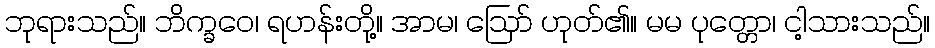
ဘုရားသည်။ ဘိက္ခဝေ၊ ရဟန်းတို့။ အာမ၊ ဩော် ဟုတ်၏။ မမ ပုတ္တော၊ ငါ့သားသည်။